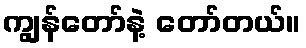
ကျွန်တော်နဲ့ တော်တယ်။